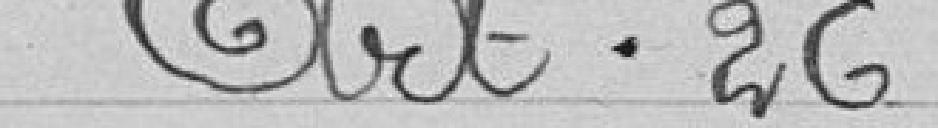
Art 26